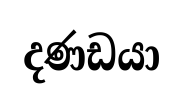
දණඩයා